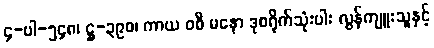
၄-ပါ-၅၄၈၊ ဋ္ဌ-၃၉၀၊ ကာယ ဝစီ မနော ဒုစရိုက်သုံးပါး လွန်ကျူးသူနှင့်